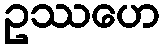
ဥဿဟေ